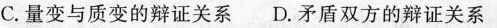
C.量变与质变的辩证关系D.矛盾双方的辩证关系